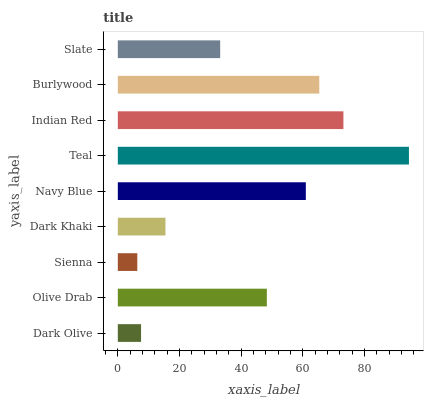
| yaxis_label | bars |
 | --- | --- |
 | Dark Olive | 7.54 |
 | Olive Drab | 48.3 |
 | Sienna | 6.32 |
 | Dark Khaki | 15.5 |
 | Navy Blue | 61 |
 | Teal | 94.4 |
 | Indian Red | 73.2 |
 | Burlywood | 65.3 |
 | Slate | 33.2 |